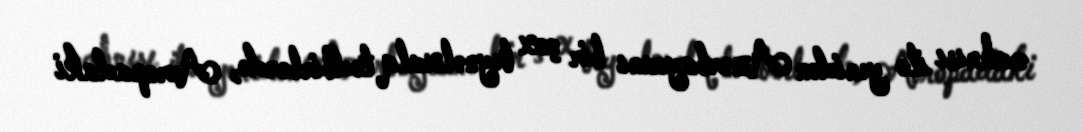
mahnısı ilə yenidən Azərbaycanı bir çox beynəlxalq tədbirlərdə, Avropadaki